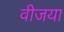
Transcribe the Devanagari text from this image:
वीजया